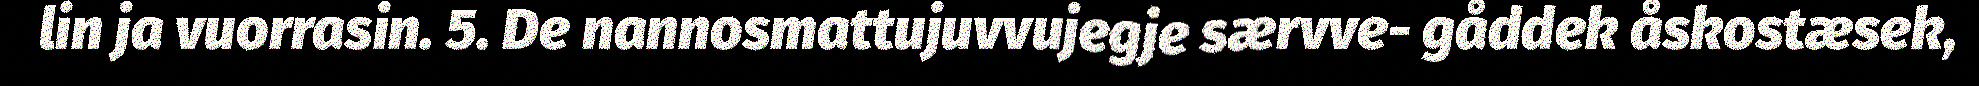
lin ja vuorrasin. 5. De nannosmattujuvvujegje særvve- gåddek åskostæsek,